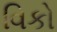
વિકો